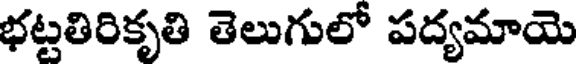
భట్టతిరికృతి తెలుగులో పద్యమాయె